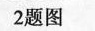
2题图